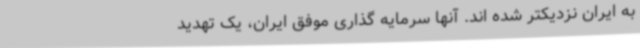
به ایران نزدیکتر شده اند. آنها سرمایه گذاری موفق ایران، یک تهدید